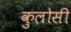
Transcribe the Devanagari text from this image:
कुलोसी